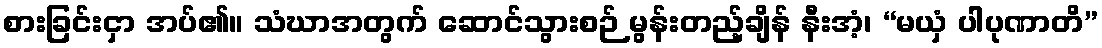
စားခြင်းငှာ အပ်၏။ သံဃာအတွက် ဆောင်သွားစဉ် မွန်းတည့်ချိန် နီးအံ့၊ “မယှံ ပါပုဏာတိ”